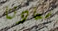
سعادتنا